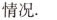
情况.